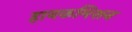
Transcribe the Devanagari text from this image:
हायकमिशन